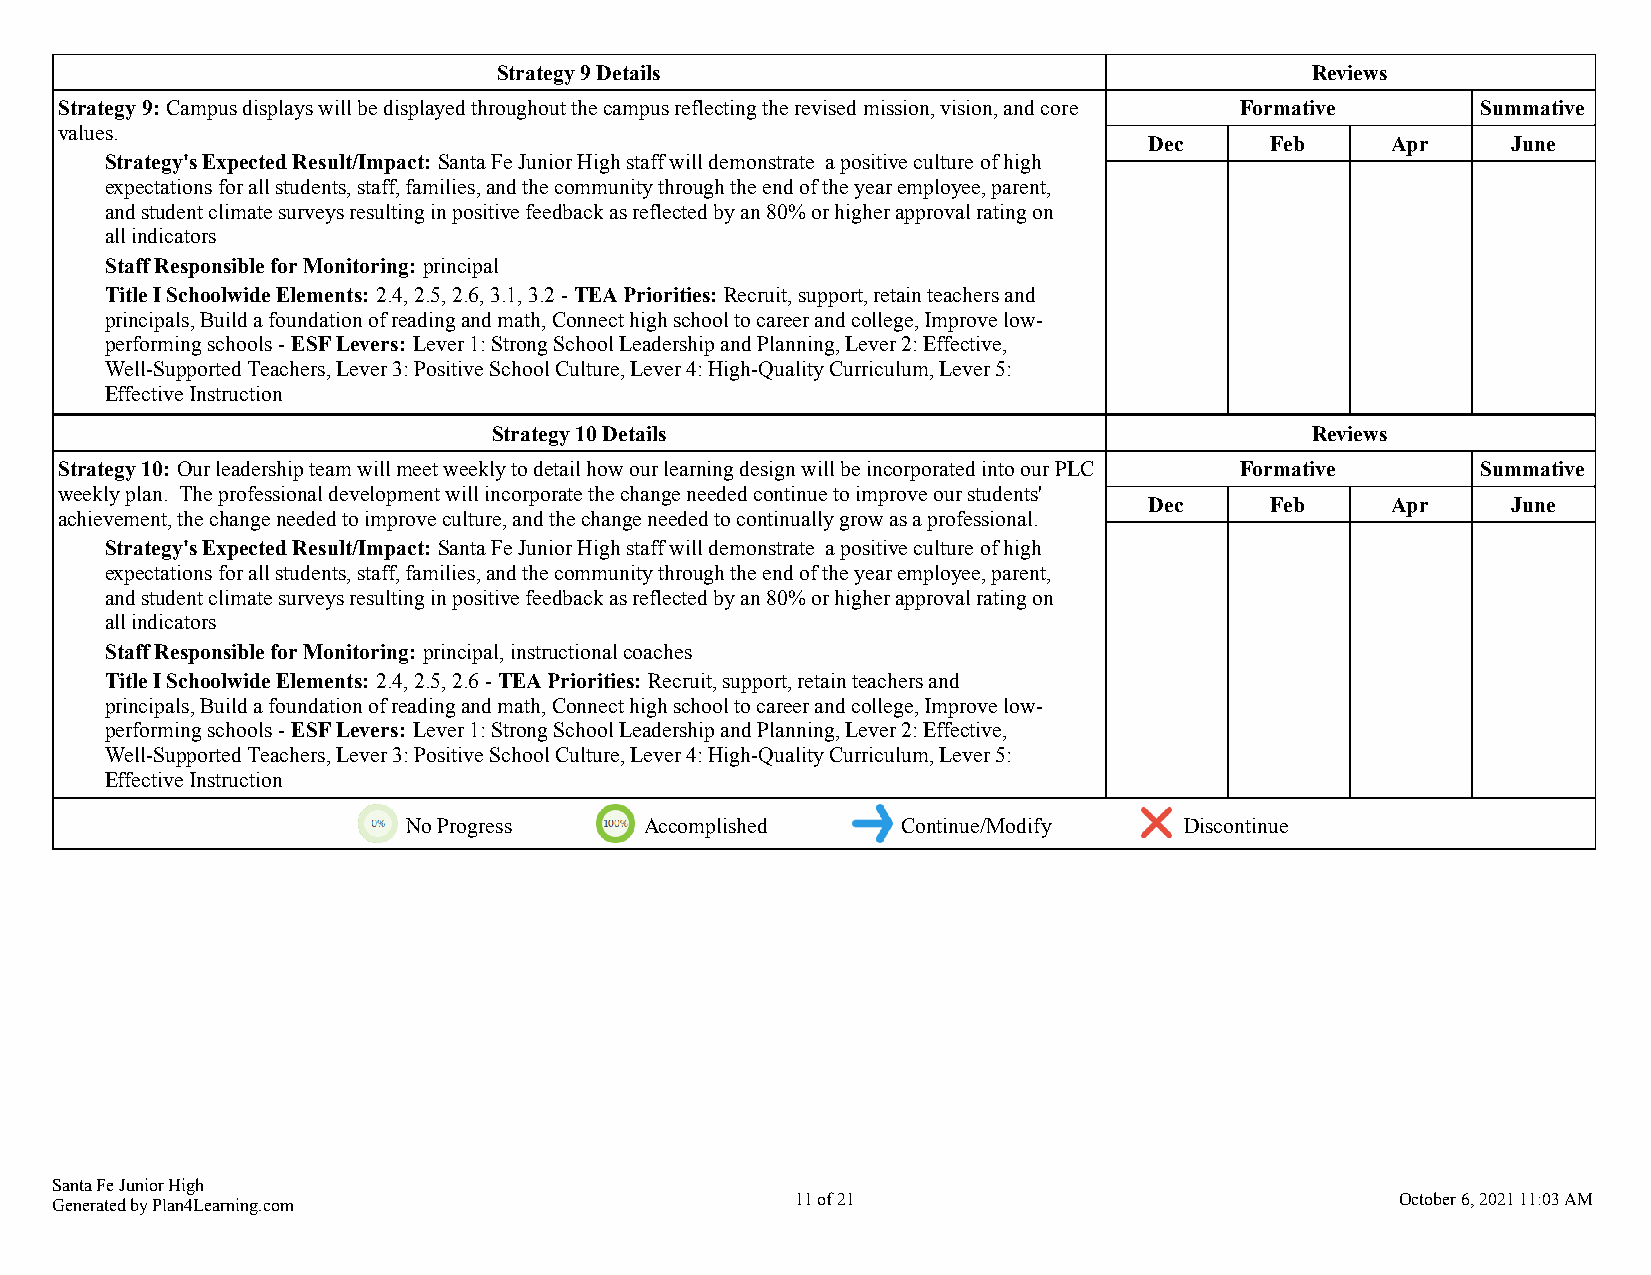
Strategy 9 Details                                    Reviews
 Strategy 9: Campus displays will be displayed throughout the campus reflecting the revised mission, vision, and core Formative Summative
 values.
 Dec     Feb     Apr     June
 Strategy's Expected Result/Impact: Santa Fe Junior High staff will demonstrate a positive culture of high
 expectations for all students, staff, families, and the community through the end of the year employee, parent,
 and student climate surveys resulting in positive feedback as reflected by an 80% or higher approval rating on
 all indicators
 Staff Responsible for Monitoring: principal
 Title I Schoolwide Elements: 2.4, 2.5, 2.6, 3.1, 3.2 - TEA Priorities: Recruit, support, retain teachers and
 principals, Build a foundation of reading and math, Connect high school to career and college, Improve low-
 performing schools - ESF Levers: Lever 1: Strong School Leadership and Planning, Lever 2: Effective,
 Well-Supported Teachers, Lever 3: Positive School Culture, Lever 4: High-Quality Curriculum, Lever 5:
 Effective Instruction
 Strategy 10 Details                                   Reviews
 Strategy 10: Our leadership team will meet weekly to detail how our learning design will be incorporated into our PLC Formative Summative
 weekly plan. The professional development will incorporate the change needed continue to improve our students'
 Dec     Feb     Apr     June
 achievement, the change needed to improve culture, and the change needed to continually grow as a professional.
 Strategy's Expected Result/Impact: Santa Fe Junior High staff will demonstrate a positive culture of high
 expectations for all students, staff, families, and the community through the end of the year employee, parent,
 and student climate surveys resulting in positive feedback as reflected by an 80% or higher approval rating on
 all indicators
 Staff Responsible for Monitoring: principal, instructional coaches
 Title I Schoolwide Elements: 2.4, 2.5, 2.6 - TEA Priorities: Recruit, support, retain teachers and
 principals, Build a foundation of reading and math, Connect high school to career and college, Improve low-
 performing schools - ESF Levers: Lever 1: Strong School Leadership and Planning, Lever 2: Effective,
 Well-Supported Teachers, Lever 3: Positive School Culture, Lever 4: High-Quality Curriculum, Lever 5:
 Effective Instruction
 No Progress     Accomplished     Continue/Modify   Discontinue
 Santa Fe Junior High
 Generated by Plan4Learning.com                    11 of 21                                October 6, 2021 11:03 AM